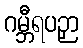
ဂမ္ဘီရပဉှာ